Madras plague regulations and rules - Volume 2
Disease focus: Plague
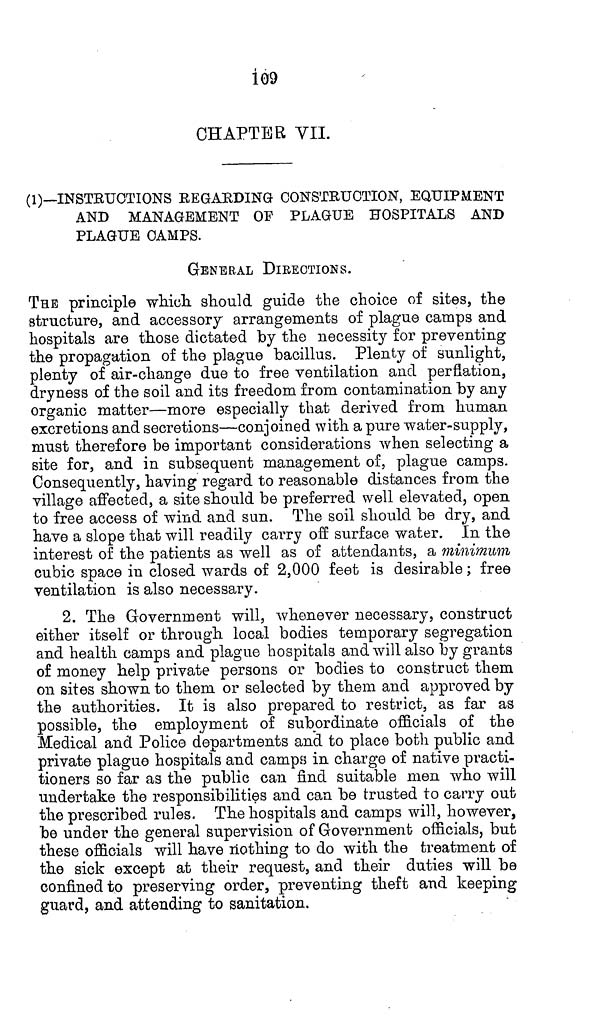
109
CHAPTER VII.
(1)—INSTRUCTIONS REGARDING CONSTRUCTION, EQUIPMENT
AND MANAGEMENT OF PLAGUE HOSPITALS AND
PLAGUE CAMPS.
GENERAL DIRECTIONS.
THE principle which should guide the choice of sites, the
structure, and accessory arrangements of plague camps and
hospitals are those dictated by the necessity for preventing
the propagation of the plague bacillus. Plenty of sunlight,
plenty of air-change due to free ventilation and perflation,
dryness of the soil and its freedom from contamination by any
organic matter—more especially that derived from human
excretions and secretions—conjoined with a pure water-supply,
must therefore be important considerations when selecting a
site for, and in subsequent management of, plague camps.
Consequently, having regard to reasonable distances from the
village affected, a site should be preferred well elevated, open
to free access of wind and sun. The soil should be dry, and
have a slope that will readily carry off surface water. In the
interest of the patients as well as of attendants, a minimum
cubic space in closed wards of 2,000 feet is desirable; free
ventilation is also necessary.
2. The Government will, whenever necessary, construct
either itself or through local bodies temporary segregation
and health camps and plague hospitals and will also by grants
of money help private persons or bodies to construct them
on sites shown to them or selected by them and approved by
the authorities. It is also prepared to restrict, as far as
possible, the employment of subordinate officials of the
Medical and Police departments and to place both public and
private plague hospitals and camps in charge of native practi-
tioners so far as the public can find suitable men who will
undertake the responsibilities and can be trusted to carry out
the prescribed rules. The hospitals and camps will, however,
be under the general supervision of Government officials, but
these officials will have nothing to do with the treatment of
the sick except at their request, and their duties will be
confined to preserving order, preventing theft and keeping
guard, and attending to sanitation.